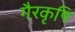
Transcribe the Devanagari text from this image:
गैरकृषि